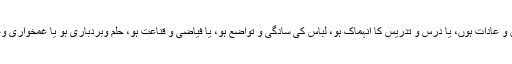
خواہ وہ اخلاق و عادات ہوں، یا درس و تدریس کا اِنہماک ہو، لباس کی سادگی و تواضع ہو، یا فیاضی و قناعت ہو، حلم وبردباری ہو یا غمخواری وغمگساری ہو۔